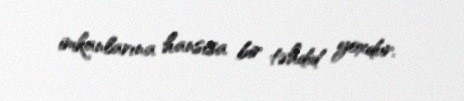
imkanlarına hansısa bir təhdid yoxdur.